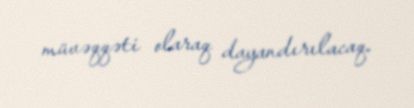
müvəqqəti olaraq dayandırılacaq.